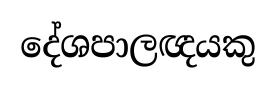
දේශපාලඥයකු